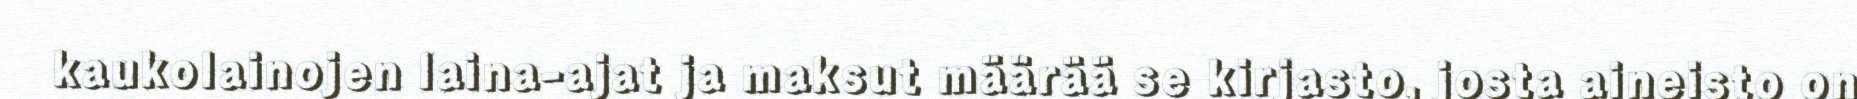
kaukolainojen laina-ajat ja maksut määrää se kirjasto, josta aineisto on